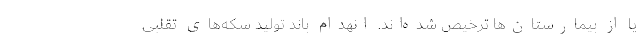
یا از بیمارستان‌ها ترخیص شده‌اند. انهدام باند تولید سکه‌های تقلبی